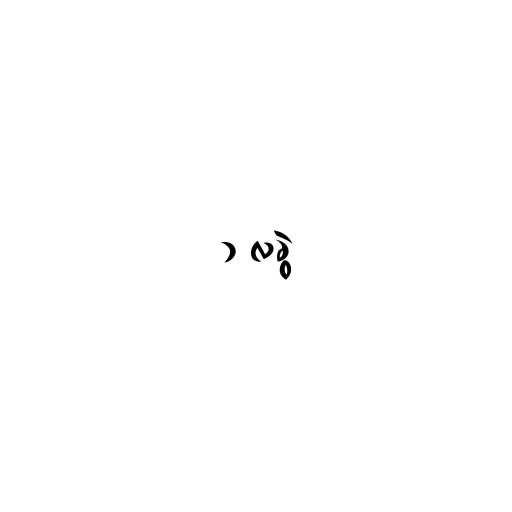
၁ လခွဲ